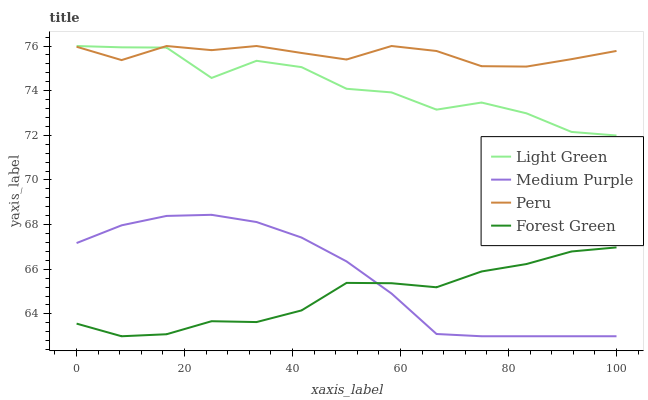
| xaxis_label | Light Green | Medium Purple | Peru | Forest Green |
 | --- | --- | --- | --- | --- |
 | 0 | 76 | 67.2 | 76 | 63.6 |
 | 8.33 | 75.9 | 68 | 75.4 | 63 |
 | 16.7 | 75.9 | 68.4 | 76 | 63.1 |
 | 25 | 74.6 | 68.4 | 75.8 | 63.7 |
 | 33.3 | 75.3 | 68.1 | 76 | 63.6 |
 | 41.7 | 75.1 | 67.4 | 75.7 | 64.2 |
 | 50 | 74.1 | 66.4 | 75.4 | 65.4 |
 | 58.3 | 73.9 | 64.9 | 76 | 65.4 |
 | 66.7 | 73.2 | 63.1 | 75.8 | 65.2 |
 | 75 | 73.5 | 63 | 75.1 | 65.9 |
 | 83.3 | 73 | 63 | 75.1 | 66.2 |
 | 91.7 | 72.2 | 63 | 75.4 | 66.8 |
 | 100 | 72 | 63 | 75.8 | 67 |